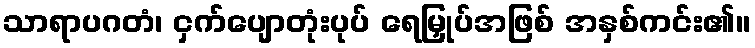
သာရာပဂတံ၊ ငှက်ပျောတုံးပုပ် ရေမြှုပ်အဖြစ် အနှစ်ကင်း၏။